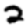
Digit: 2